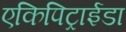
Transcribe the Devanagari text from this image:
एकिपिट्राईडा